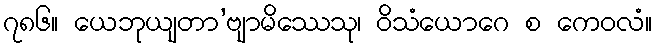
၇၈၆။ ယေဘုယျတာ’ဗျာမိဿေသု၊ ဝိသံယောဂေ စ ကေဝလံ။